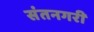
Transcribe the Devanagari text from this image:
संतनगरी